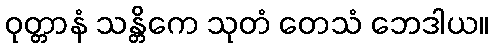
ဝုတ္တာနံ သန္တိကေ သုတံ တေသံ ဘေဒါယ။